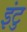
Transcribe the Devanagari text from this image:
इंटु